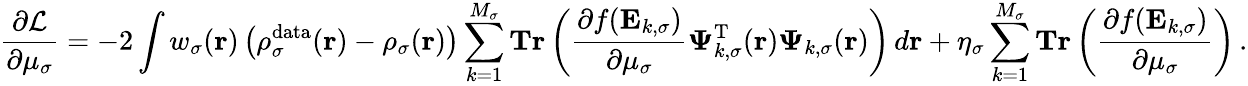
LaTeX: \frac{\partial\mathcal{L}}{\partial\mu_{\sigma}}=-2\int w_{\sigma}(\boldsymbol{\textbf{r}})\left(\rho_{\sigma}^{\mathrm{data}}(\boldsymbol{\textbf{r}})-\rho_{\sigma}(\boldsymbol{\textbf{r}})\right)\sum_{k=1}^{M_{\sigma}}\textbf{Tr}\left(\frac{\partial f(\mathbf{E}_{k,\sigma})}{\partial\mu_{\sigma}}\boldsymbol{\Psi}_{k,\sigma}^{\mathrm{T}}(\boldsymbol{\textbf{r}})\boldsymbol{\Psi}_{k,\sigma}(\boldsymbol{\textbf{r}})\right)\, d\boldsymbol{\textbf{r}}+\eta_{\sigma}\sum_{k=1}^{M_{\sigma}}\textbf{Tr}\left(\frac{\partial f(\mathbf{E}_{k,\sigma})}{\partial\mu_{\sigma}}\right)\, .